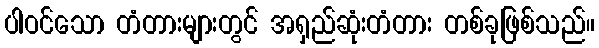
ပါဝင်သော တံတားများတွင် အရှည်ဆုံးတံတား တစ်ခုဖြစ်သည်။